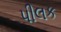
પીલક